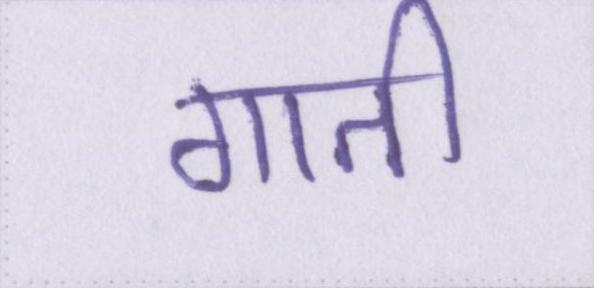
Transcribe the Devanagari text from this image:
गाती